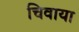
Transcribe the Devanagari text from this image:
चिवाया